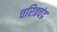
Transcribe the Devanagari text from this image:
चरित्रचंद्र